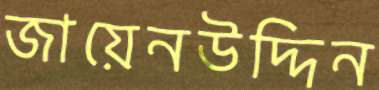
জায়েনউদ্দিন